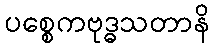
ပစ္စေကဗုဒ္ဓသတာနိ